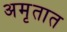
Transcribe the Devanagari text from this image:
अमृतात